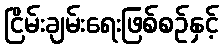
ငြိမ်းချမ်းရေးဖြစ်စဉ်နှင့်